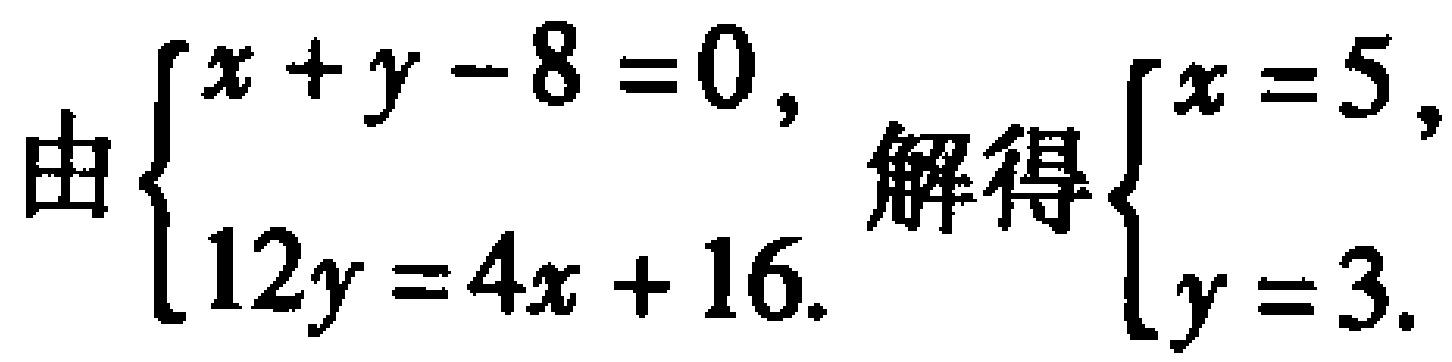
由$\begin{cases}x + y - 8 = 0,\\12y = 4x + 16.\end{cases}$解得$\begin{cases}x = 5,\\y = 3.\end{cases}$